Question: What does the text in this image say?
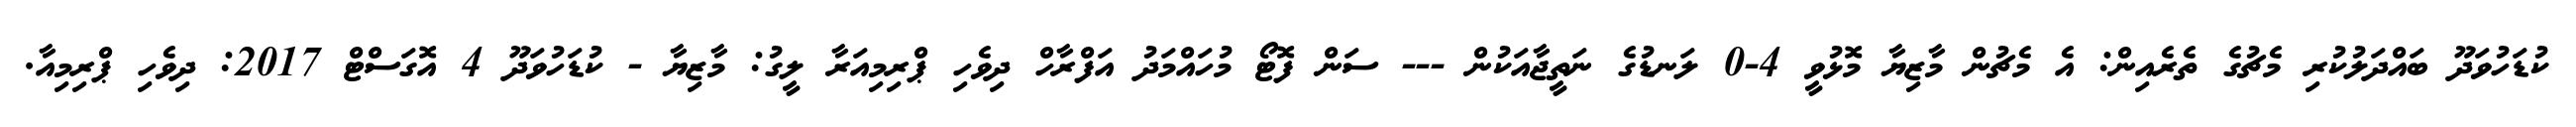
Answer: ކުޑަހުވަދޫ ބައްދަލުކުރި މެޗުގެ ތެރެއިން: އެ މެޗުން މާޒިޔާ މޮޅުވީ 4-0 ލަނޑުގެ ނަތީޖާއަކުން --- ސަން ފޮޓޯ މުހައްމަދު އަފްރާހް ދިވެހި ޕްރިމިއަރާ ލީގު: މާޒިޔާ - ކުޑަހުވަދޫ 4 އޮގަސްޓް 2017: ދިވެހި ޕްރިމިއާ.